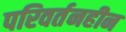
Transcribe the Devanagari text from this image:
परिवर्तनहीन